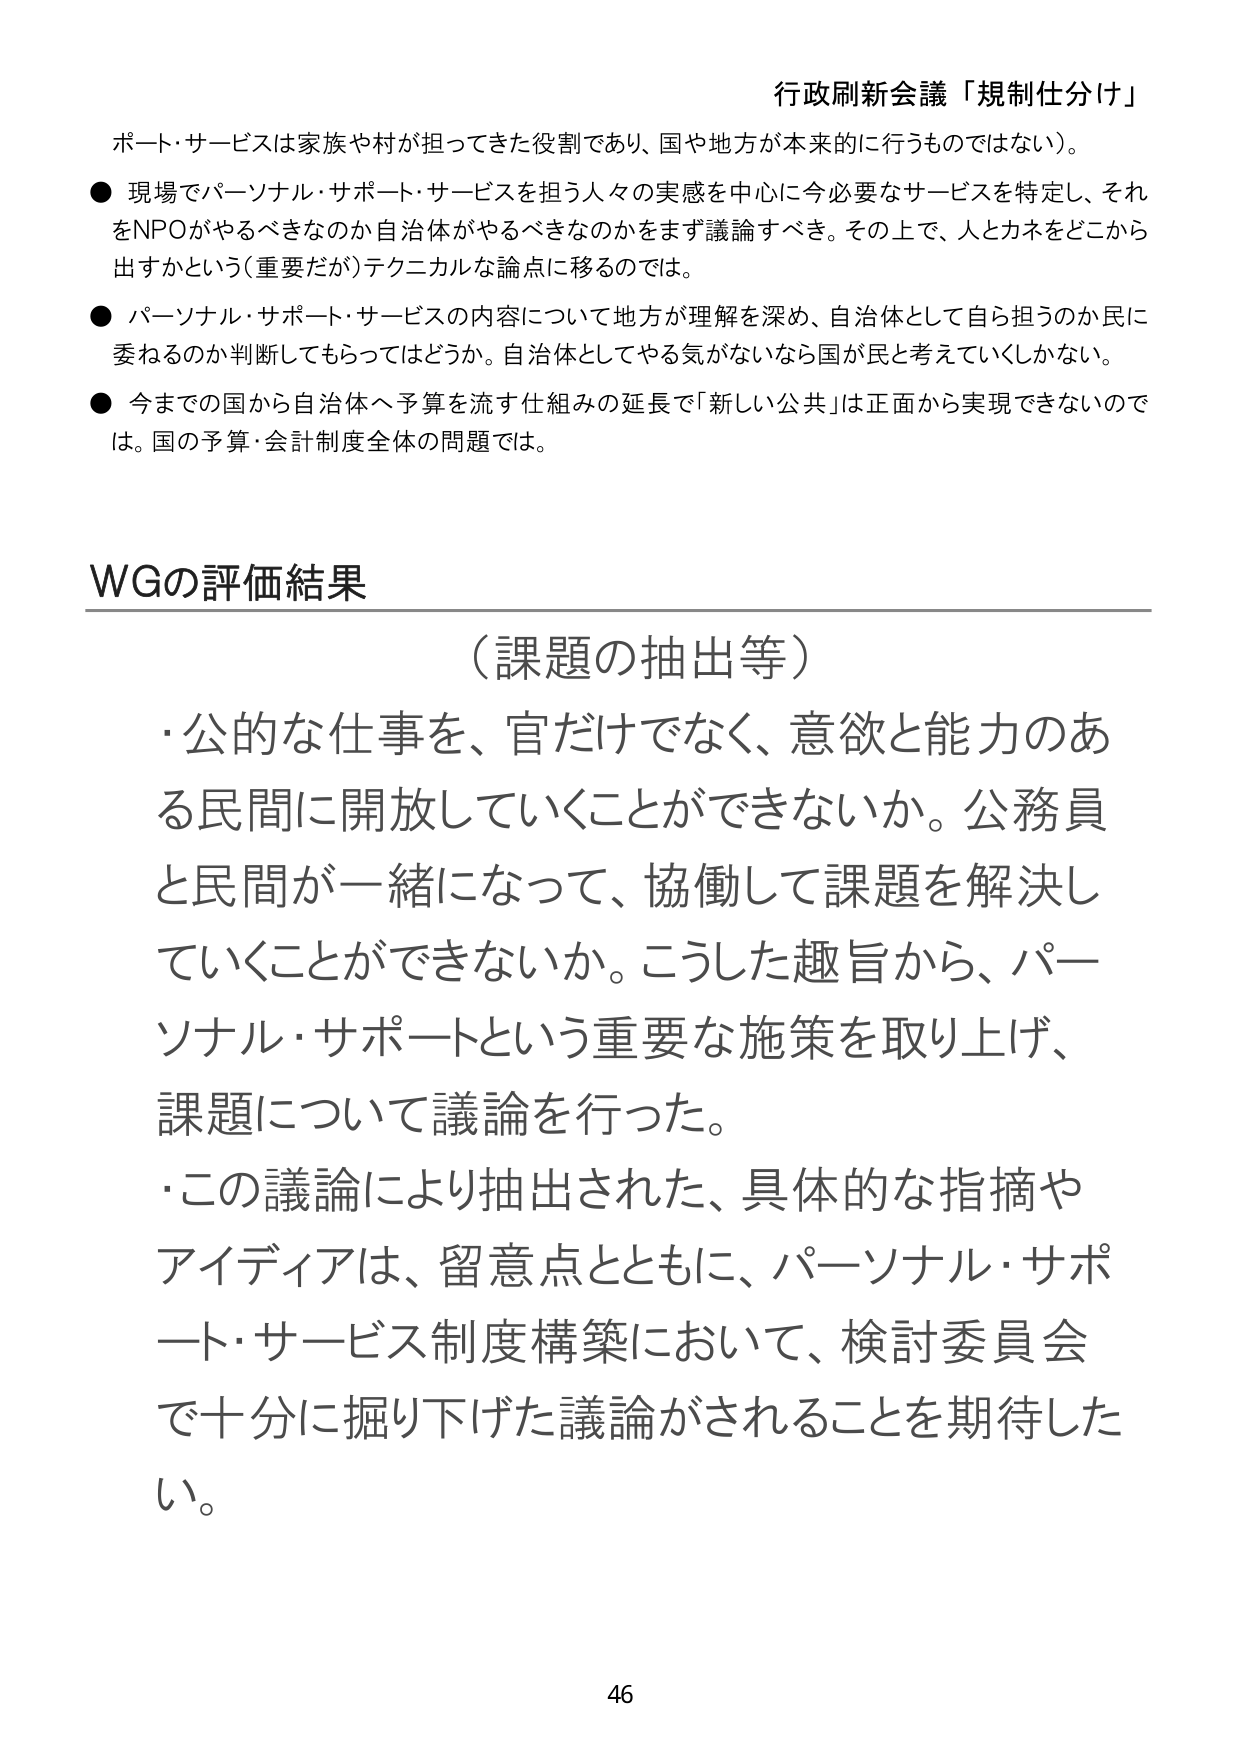
行政刷新会議「規制仕分け」

ポート・サービスは家族や村が担ってきた役割であり、国や地方が本来的に行うものではない。

● 現場でパーソナル・サポート・サービスを担う人々の実感を中心に今必要なサービスを特定し、それをNPOがやるべきなのか自治体がやるべきなのかをまず議論すべき。その上で、人とカネをどこから出すかという（重要だが）テクニカルな論点に移るのでは。

● パーソナル・サポート・サービスの内容について地方が理解を深め、自治体として自ら担うのか民に委ねるのか判断してもらってはどうか。自治体としてやる気がないなら国が民と考えていくしかない。

● 今までの国から自治体へ予算を流す仕組みの延長で「新しい公共」は正面から実現できないのは。国の予算・会計制度全体の問題では。

WGの評価結果

（課題の抽出等）

・公的な仕事を、官だけでなく、意欲と能力のある民間に開放していくことができないか。公務員と民間が一緒になって、協働して課題を解決していくことができないか。こうした趣旨から、パーソナル・サポートという重要な施策を取り上げ、課題について議論を行った。

・この議論により抽出された、具体的な指摘やアイディアは、留意点とともに、パーソナル・サポート・サービス制度構築において、検討委員会で十分に掘り下げた議論がされることを期待したい。

46